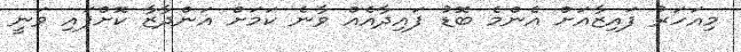
މިއަހަރު ފައިޒާއަށް އެންމެ ބޮޑު ފައިދާއެއް ވާނެ ކަމަށް އަންދާޒާ ކޮށްފައި ވަނީ